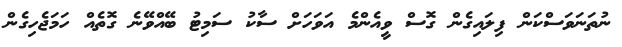
ނުތަނަވަސްކަން ފިލައިގެން ގޮސް ވީއެންމެ އަވަހަށް ސާކު ސަމިޓު ބޭއްވޭނެ ގޮތެއް ހަމަޖެހިގެން